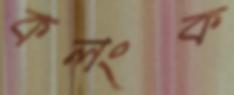
কলংক